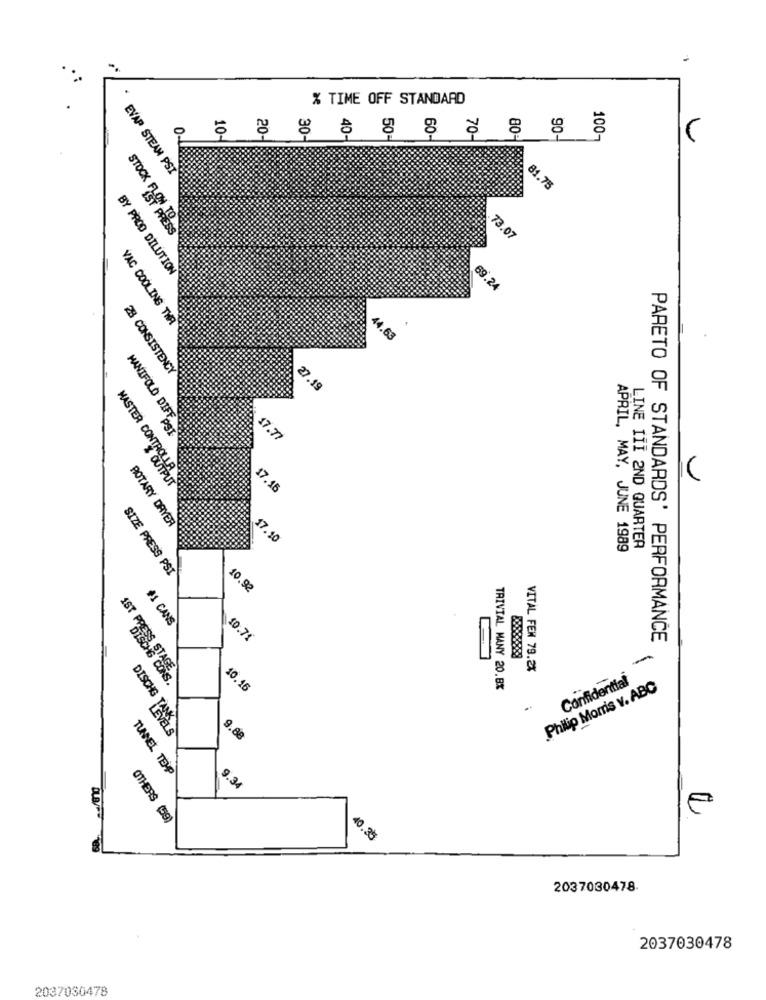
% TIME OFF STANDARD
0
40-
70-
80
90
100-
EVAP STEAN PSI
81.75
STOCK FISH PRESS
73.07
BY PROD DILUTION
69.24
VAC COOLING THR
44.6€
28 CONSISTENCY
27.19
MANIFOLD DIFF
17.77
MASTER CONTRO
& OUTPUT
17.45
ROTARY DRYER
17.10
APRIL, MAY, JUNE 1989
LINE III 2ND QUARTER
SIZE PRESS PSI
10.92
+1 CANS
10.71
PARETO OF STANDARDS' PERFORMANCE
VITAL FEM 79.2%
Confidential
1ST PETts
10.16
TRIVIAL MANY 20.BX
Philip Morris v. ABC
DISCHE LEVELS
9.88
TUNNEL TEHP
9.34
OTHERS
40.25
2037030478.
2037030478
2037030478